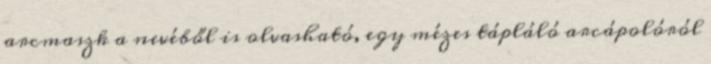
arcmaszk a nevéből is olvasható, egy mézes tápláló arcápolóról